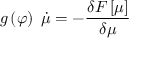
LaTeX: g \left( \varphi \right) \; \dot { \mu } = - \frac { \delta { \cal F } \left[ \mu \right] } { \delta \mu }